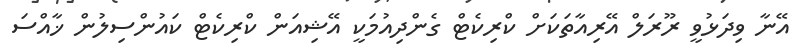
އޭނާ ވިދަޅުވީ ރޫރަލް އޭރިއާތަކަށް ކްރިކެޓް ގެންދިއުމަކީ އޭޝިއަން ކްރިކެޓް ކައުންސިލުން ޚާއްސަ